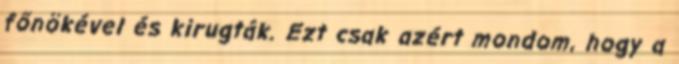
főnökével és kirugták. Ezt csak azért mondom, hogy a